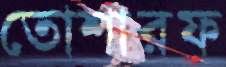
তোশারফ